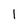
Character: l